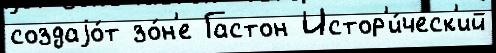
создаjо́т зо́н'е Гастон Истор'и́ческ'ий